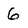
Character: 6